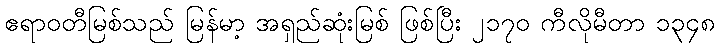
ဧရာဝတီမြစ်သည် မြန်မာ့ အရှည်ဆုံးမြစ် ဖြစ်ပြီး ၂၁၇၀ ကီလိုမီတာ ၁၃၄၈